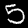
Digit: 5